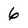
Character: 6